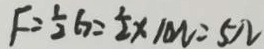
F = \frac { 1 } { 2 } G = \frac { 1 } { 2 } \times 1 0 N = 5 \Omega